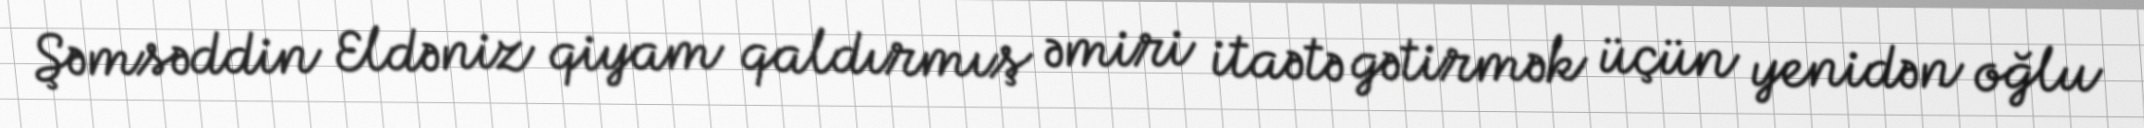
Şəmsəddin Eldəniz qiyam qaldırmış əmiri itaətə gətirmək üçün yenidən oğlu